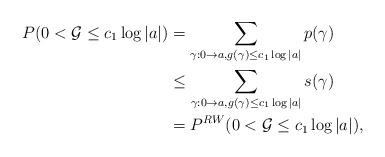
LaTeX: \begin{align*}P(0<\mathcal{G}\leq c_1 \log |a|)&=\sum_{\gamma:0\rightarrow a, g(\gamma)\leq c_1 \log |a|}p(\gamma)\\&\leq\sum_{\gamma:0\rightarrow a, g(\gamma)\leq c_1 \log |a|}s(\gamma)\\&=P^{RW}(0<\mathcal{G}\leq c_1 \log |a|),\\\end{align*}